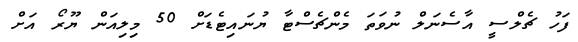
ފަހު ޗެލްސީ އާސެނަލް ނުވަތަ މެންޗެސްޓާ ޔުނައިޓެޑަށް 50 މިލިއަން ޔޫރޯ އަށް